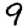
Digit: 9